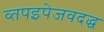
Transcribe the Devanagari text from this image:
व्तपइपेजवदद्ध